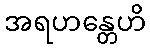
အရဟန္တေဟိ